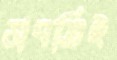
ভাবতিই